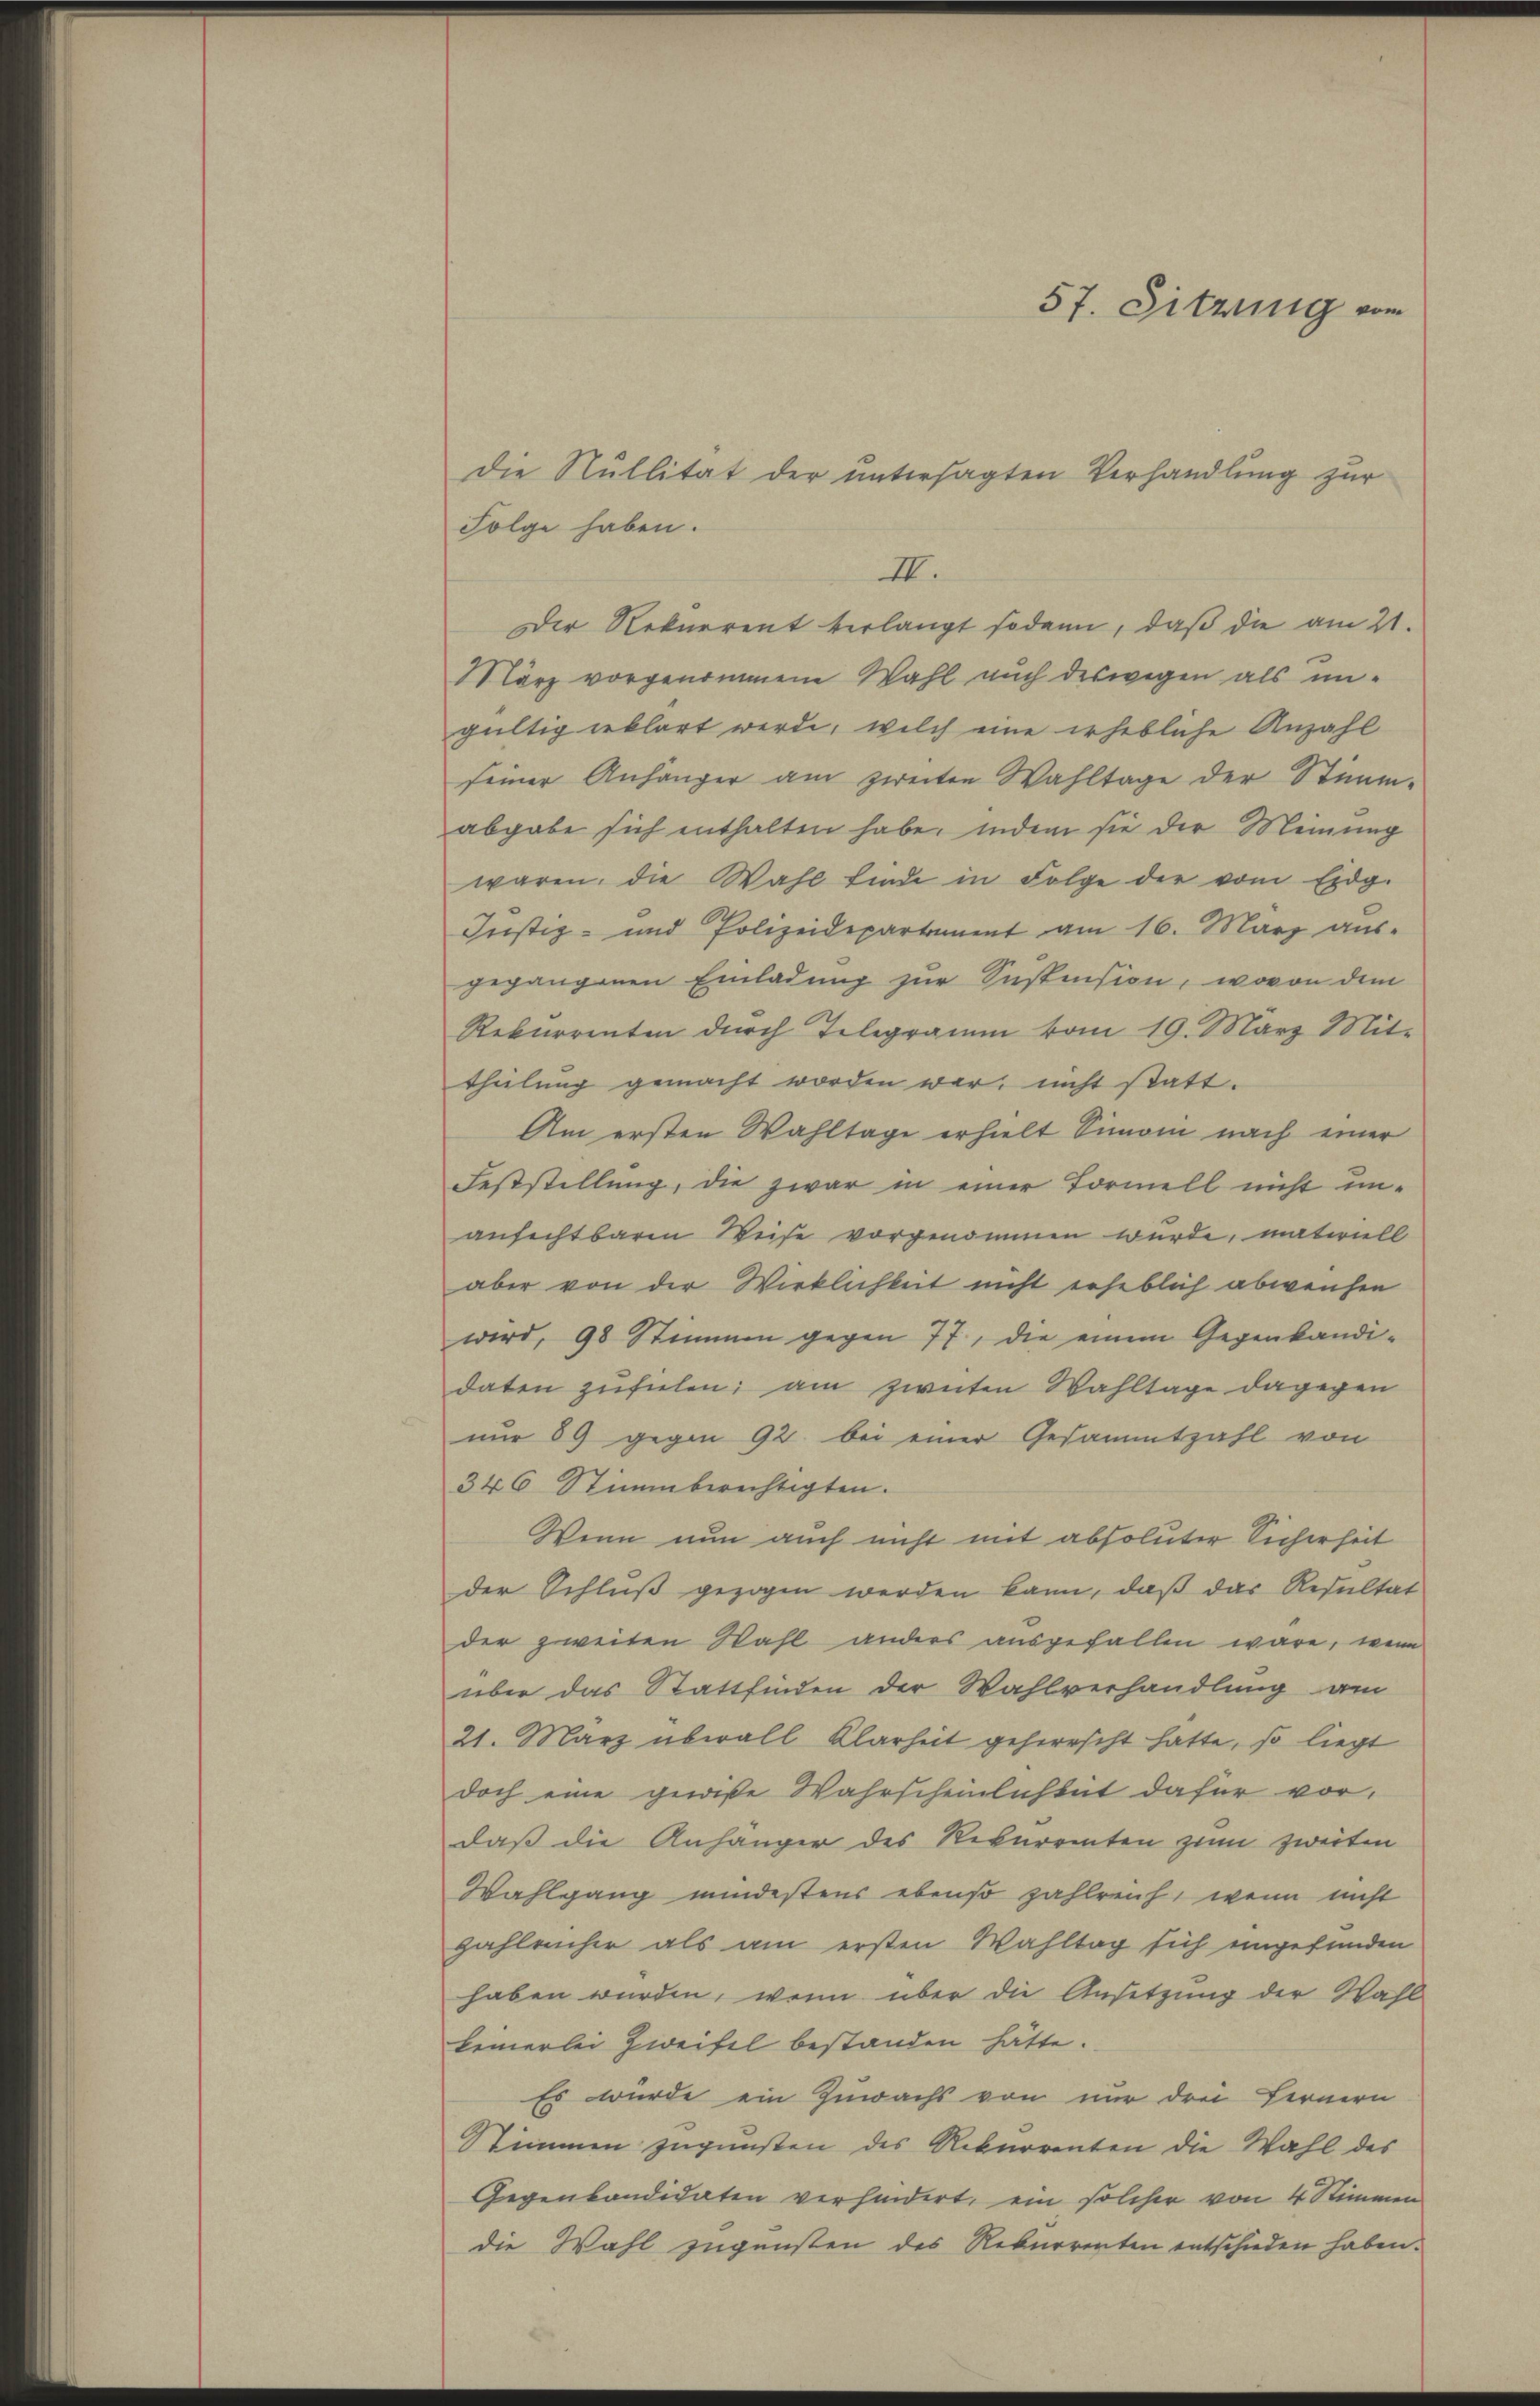
Die Nullität der untersagten Verhandlung zur
Folge haben.
Der Rekurrent verlangt sodann, daß die am 21.
März vorgenommene Wahl auch deswegen als ungültig erklärt werde, welch eine erhebliche Anzahl
seiner Anhänger am zweiten Wahltage der Stimmabgabe sich enthalten habe, indem sie der Meinung
waren, die Wahl finde in Folge der vom Eidg.
Justiz- und Polizeidepartement am 16. März aus-
gegangenen Einladung zur Suspension, wovon dem
Rekurrenten durch Telegramm vom 19. März Mit-
theilung gemacht worden war, nicht statt.
Am ersten Wahltage erhielt Simon nach einer
Feststellung, die zwar in einer Formell nicht unanfechtbaren Weise vorgenommen wurde, materiell
aber von der Wirklichkeit nicht erheblich abweisen
wird, 98 Stimmen gegen 77, die einem Gegenkandidaten zufielen; am zweiten Wahltage dagegen
nur 89 gegen 92. bei einer Gesammtzahl von
346 Stimmberechtigten.
Wenn nun auch nicht mit absoluter Sicherheit
der Schluß gezogen werden kann, daß das Resultat
der zweiten Wahl anders ausgefallen wäre, wenn
über das Stattfinden der Wahlverhandlung am
21. März überall Klarheit geherrscht hatte, so liegt
doch eine gewiße Wahrscheinlichkeit dafür vor-
daß die Anhänger des Rekurrenten zum zweiten
Wahlgang mindestens ebenso zahlreich, wenn nicht
zahlreicher als am ersten Wahltag sich eingefunden
haben wurden, wenn über die Ansetzung der Wahl
keinerlei Zweifel bestanden hätte.
Es wurde ein Zuwachs von nur drei Fernern
Stimmen zugunsten des Rekurrenten die Wahl des
Gegenkandidaten verhindert, ein solcher von 4 Stimmen
die Wahl zugensten des Rekurrenten entschieden haben.

III.

57. Sitzung vom